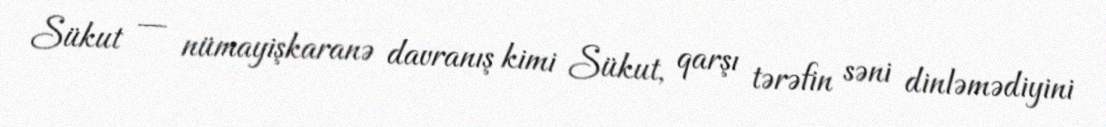
Sükut — nümayişkaranə davranış kimi Sükut, qarşı tərəfin səni dinləmədiyini